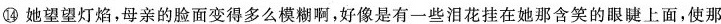
⑭她望望灯焰，母亲的脸而变得多么模糊啊，好像是有一些泪花挂在她那含笑的眼睫上面，使那